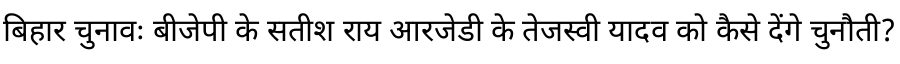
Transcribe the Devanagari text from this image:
बिहार चुनावः बीजेपी के सतीश राय आरजेडी के तेजस्वी यादव को कैसे देंगे चुनौती?